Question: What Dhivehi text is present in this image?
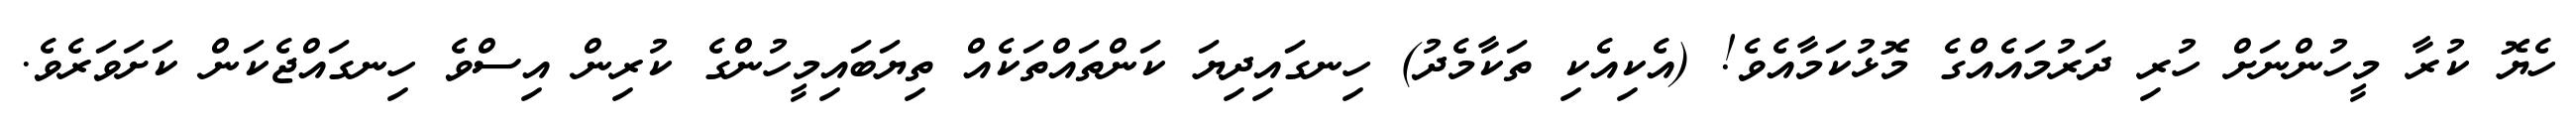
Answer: ހެޔޮ ކުރާ މީހުންނަށް ހުރި ދަރުމައެއްގެ މޮޅުކަމާއެވެ! (އެކިއެކި ތަކާމެދު) ހިނގައިދިޔަ ކަންތައްތަކެއް ތިޔަބައިމީހުންގެ ކުރިން އިސްވެ ހިނގައްޖެކަން ކަށަވަރެވެ.